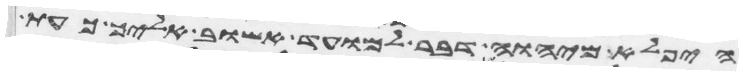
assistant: היפלא מיהוה דבר למועד אשוב אליך כעת